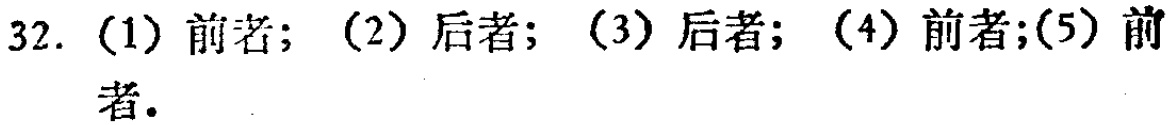
32. （1）前者；（2）后者；（3）后者；（4）前者；（5）前者.